Rules and regulations of the two years' vernacular class
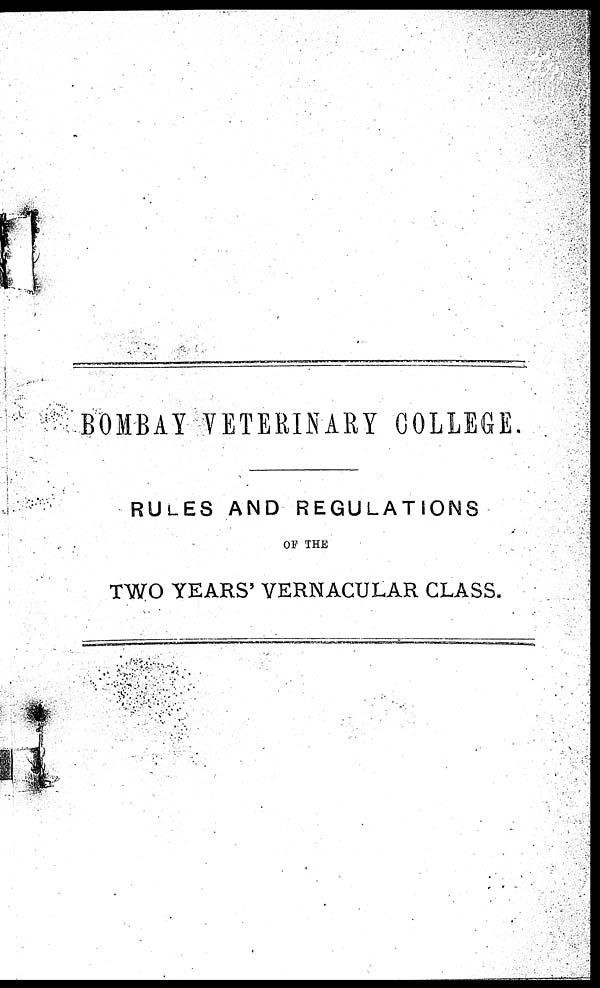
BOMBAY VETERINARY COLLEGE.
RULES AND REGULATIONS
OF THE
TWO YEARS' VERNACULAR CLASS.